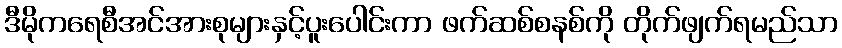
ဒီမိုကရေစီအင်အားစုများနှင့်ပူးပေါင်းကာ ဖက်ဆစ်စနစ်ကို တိုက်ဖျက်ရမည်သာ